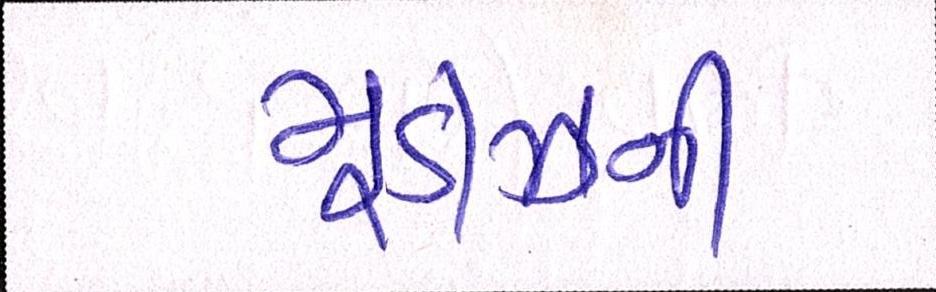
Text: મૂડીઝની